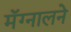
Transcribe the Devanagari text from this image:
मॅग्नालने